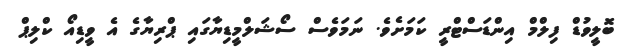
ބޮލީވުޑް ފިލްމް އިންޑަސްޓްރީ ކަމަށެވެ. ނަމަވެސް ސޯޝަލްމީޑިޔާގައި ޕްރިޔާގެ އެ ވީޑިއޯ ކްލިޕް